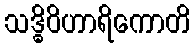
သဒ္ဓိဝိဟာရိကောတိ